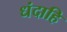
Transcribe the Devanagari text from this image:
धंदाहि